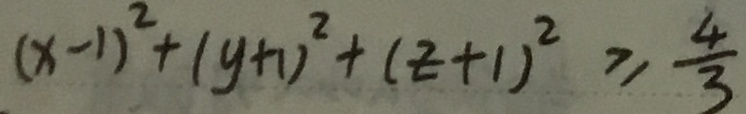
( x - 1 ) ^ { 2 } + ( y + 1 ) ^ { 2 } + ( z + 1 ) ^ { 2 } \geq \frac { 4 } { 3 }